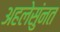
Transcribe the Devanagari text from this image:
अहलेसुंनत